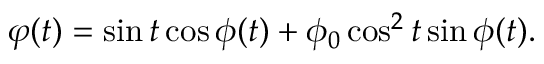
\varphi ( t ) = \sin t \cos \phi ( t ) + \phi _ { 0 } \cos ^ { 2 } t \sin \phi ( t ) .